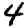
Digit: 4